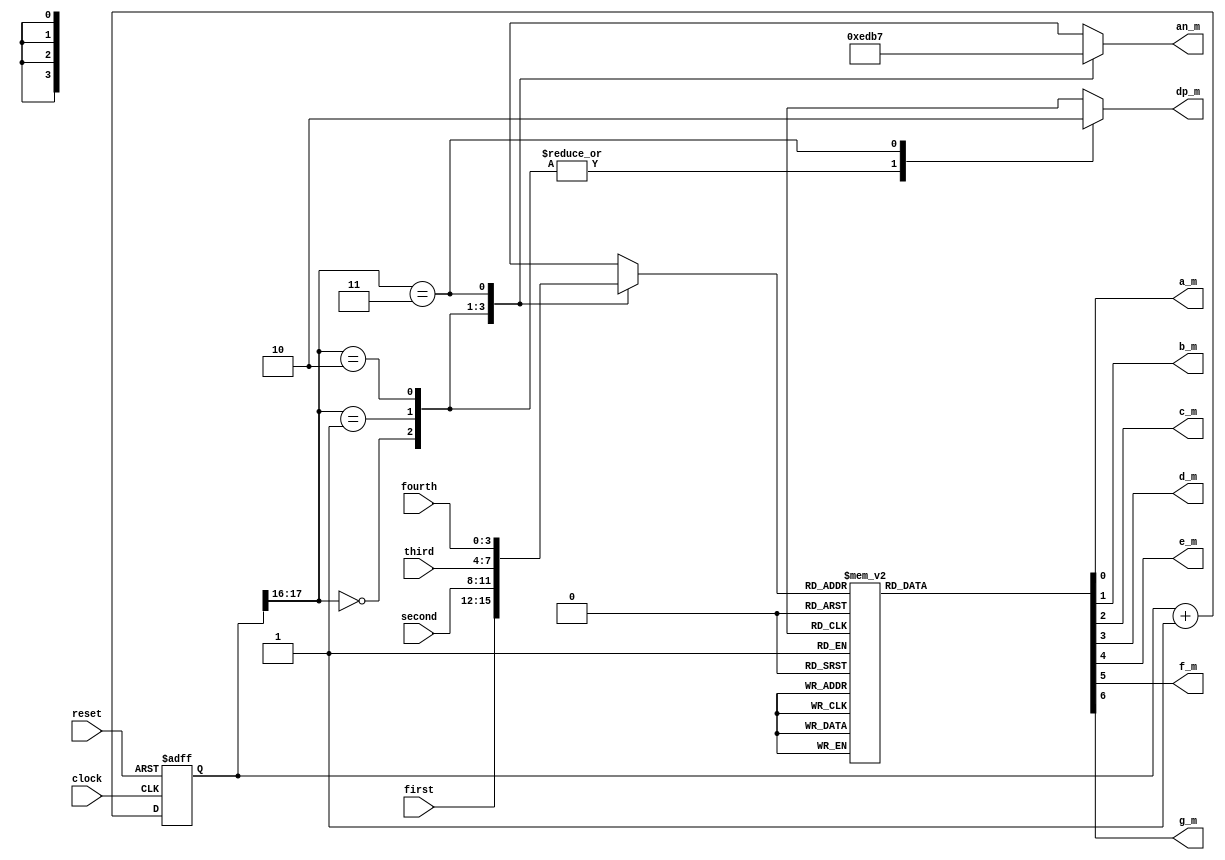
`timescale 1ns / 1ps
//////////////////////////////////////////////////////////////////////////////////
// Company: 
// Engineer: 
// 
// Design Name: 
// Module Name: muxer
// Project Name: 
// Target Devices: 
// Tool Versions: 
// Description: 
// 
// Dependencies: 
// 
// Revision:
// Revision 0.01 - File Created
// Additional Comments:
// 
//////////////////////////////////////////////////////////////////////////////////


module muxer(
    input clock,
    input reset,
    input [3:0] fourth,
    input [3:0] third,
    input [3:0] second,
    input [3:0] first,
    output a_m,
    output b_m,
    output c_m,
    output d_m,
    output e_m,
    output f_m,
    output g_m,
    output dp_m,
    output [3:0] an_m
    );
 
//The Circuit for 7 Segment Multiplexing -
 
localparam N = 18;
 
reg [N-1:0]count; //the 18 bit counter which allows us to multiplex at 1000Hz
 
always @ (posedge clock or posedge reset)
 begin
  if (reset)
   count <= 0;
  else
   count <= count + 1;
 end
 
reg [3:0]sseg; //the 4 bit register to hold the data that is to be output
reg [3:0]an_temp; //register for the 4 bit enable
reg reg_dp;
always @ (*)
 begin
  case(count[N-1:N-2]) //MSB and MSB-1 for multiplexing
    
   2'b00 :
    begin
     sseg = first;
     an_temp = 4'b1110;
     reg_dp = 1'b1;
    end
    
   2'b01:
    begin
     sseg = second;
     an_temp = 4'b1101;
     reg_dp = 1'b1;
    end
    
   2'b10:
    begin
     sseg = third;
     an_temp = 4'b1011;
     reg_dp = 1'b1;
    end
     
   2'b11:
    begin
     sseg = fourth;
     an_temp = 4'b0111;
     reg_dp = 1'b0;
    end
  endcase
 end
assign an_m = an_temp;
 
reg [6:0] sseg_temp;
always @ (*)
 begin
  case(sseg)
   4'd0 : sseg_temp = 7'b1000000; //display 0
   4'd1 : sseg_temp = 7'b1111001; //display 1
   4'd2 : sseg_temp = 7'b0100100; //display 2
   4'd3 : sseg_temp = 7'b0110000; //display 3
   4'd4 : sseg_temp = 7'b0011001; //display 4
   4'd5 : sseg_temp = 7'b0010010; //display 5
   4'd6 : sseg_temp = 7'b0000010; //display 6
   4'd7 : sseg_temp = 7'b1111000; //display 7
   4'd8 : sseg_temp = 7'b0000000; //display 8
   4'd9 : sseg_temp = 7'b0010000; //display 9
   4'd10 : sseg_temp = 7'b0111111; //to display dash
   4'd11 : sseg_temp = 7'b0111111; //to display dash
   default : sseg_temp = 7'b0111111; //dash
  endcase
 end
assign {g_m, f_m, e_m, d_m, c_m, b_m, a_m} = sseg_temp;
assign dp_m = reg_dp;
 
endmodule